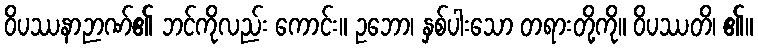
ဝိပဿနာဉာဏ်၏ ဘင်ကိုလည်း ကောင်း။ ဥဘော၊ နှစ်ပါးသော တရားတို့ကို။ ဝိပဿတိ၊ ၏။